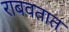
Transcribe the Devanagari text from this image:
राबवतात